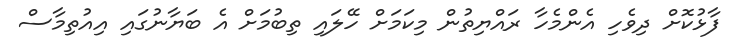
ފާޅުކޮށް ދިވެހި އެންމެހާ ރައްޔިތުން މިކަމަށް ހޭލައި ތިބުމަށް އެ ބަޔާނުގައި އިއުތިމާސް